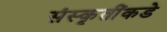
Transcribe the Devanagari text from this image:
संस्कृतींकडे